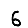
Digit: 6